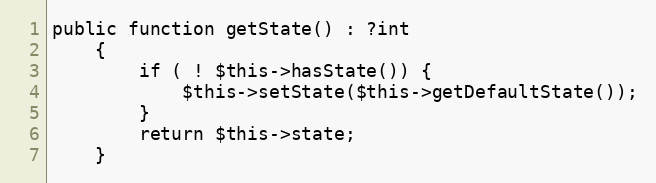
Language: PHP
public function getState() : ?int
    {
        if ( ! $this->hasState()) {
            $this->setState($this->getDefaultState());
        }
        return $this->state;
    }